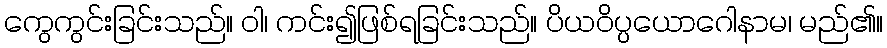
ကွေကွင်းခြင်းသည်။ ဝါ၊ ကင်း၍ဖြစ်ရခြင်းသည်။ ပိယဝိပ္ပယောဂေါနာမ၊ မည်၏။